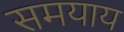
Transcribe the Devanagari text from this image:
समयाय